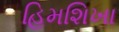
હિમશિખા